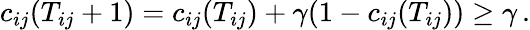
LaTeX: c_{ij}(T_{ij}+1)=c_{ij}(T_{ij})+\gamma(1-c_{ij}(T_{ij}))\geq\gamma\, .